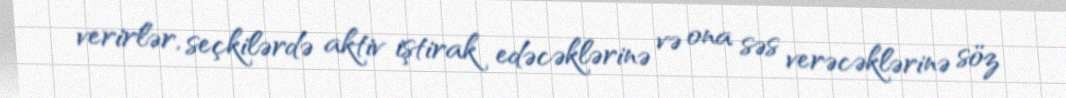
verirlər, seçkilərdə aktiv iştirak edəcəklərinə və ona səs verəcəklərinə söz